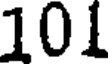
101